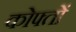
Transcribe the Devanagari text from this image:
कोफ्तों